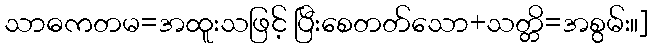
သာဓကတမ=အထူးသဖြင့် ပြီးစေတတ်သော+သတ္တိ=အစွမ်း။]